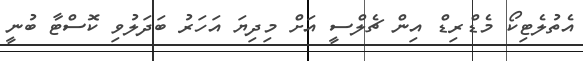
އެތުލެޓިކޯ މެޑްރިޑް އިން ޗެލްސީ އަށް މިދިޔަ އަހަރު ބަދަލުވި ކޮސްޓާ ބުނީ